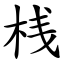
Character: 桟